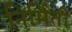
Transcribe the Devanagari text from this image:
निर्मिती